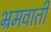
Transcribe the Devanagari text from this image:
भ्रमवाती